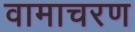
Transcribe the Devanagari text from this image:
वामाचरण